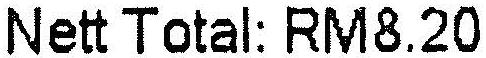
NETT TOTAL: RM8.20